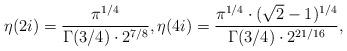
LaTeX: \begin{align*}\eta(2i)=\dfrac{\pi^{1/4}}{\Gamma(3/4)\cdot 2^{7/8}},\eta(4i)=\dfrac{\pi^{1/4}\cdot(\sqrt{2}-1)^{1/4}}{\Gamma(3/4)\cdot 2^{21/16}},\end{align*}